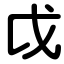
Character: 戉